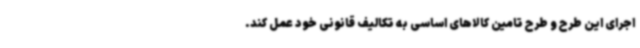
اجرای این طرح و طرح تامین کالاهای اساسی به تکالیف قانونی خود عمل کند.